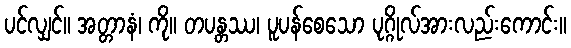
ပင်လျှင်။ အတ္တာနံ၊ ကို။ တပန္တဿ၊ ပူပန်စေသော ပုဂ္ဂိုလ်အားလည်းကောင်း။